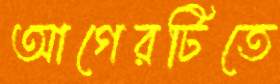
আগেরটিতে